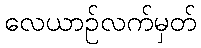
လေယာဉ်လက်မှတ်